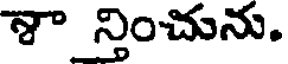
శా న్తించును.